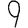
Digit: 9